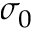
\sigma _ { 0 }